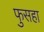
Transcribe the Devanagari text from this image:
फुसहा